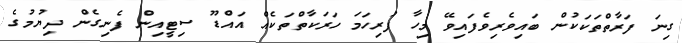
ގިނަ ފަރާތްތަކަކުން ބައިވެރިވެފައިވޭ މިހާ ފުރިހަމަ ހަރަކާތްތަކެއް އައްޑޫ ސިޓީއިން ފެނިގެން ދިޔުމުގެ